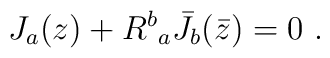
J_a(z) + {R^b}_a {\bar J}_b(\bar z) = 0~.